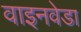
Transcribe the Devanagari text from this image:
वाइनवेडा